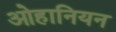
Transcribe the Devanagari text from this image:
ओहानियन